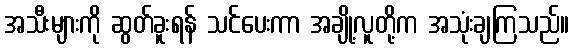
အသီးများကို ဆွတ်ခူးရန် သင်ပေးကာ အချို့လူတို့က အသုံးချကြသည်။